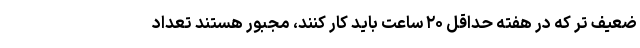
ضعیف تر که در هفته حداقل ۲۰ ساعت باید کار کنند، مجبور هستند تعداد